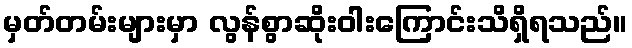
မှတ်တမ်းများမှာ လွန်စွာဆိုးဝါးကြောင်းသိရှိရသည်။